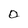
Character: 0